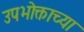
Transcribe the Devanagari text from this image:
उपभोक्ताच्या